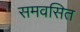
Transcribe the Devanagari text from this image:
समवसित